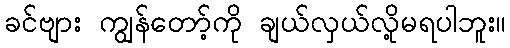
ခင်ဗျား ကျွန်တော့်ကို ချယ်လှယ်လို့မရပါဘူး။